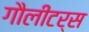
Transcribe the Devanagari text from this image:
गौलीटर्स